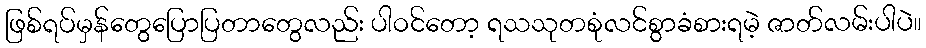
ဖြစ်ရပ်မှန်တွေပြောပြတာတွေလည်း ပါဝင်တော့ ရသသုတစုံလင်စွာခံစားရမဲ့ ဇာတ်လမ်းပါပဲ။